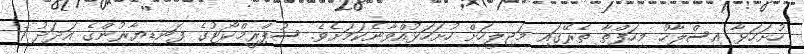
ހުށަހަޅާ އިސްލާހު މިހަފްތާ ތެރޭގައި މަޖިލީހަށް ހުށަހަޅުއްވާނެކަމަށެވެ. ސުޕްރީމްކޯޓުގެ ފަނޑިޔާރުންގެ އަދަދު 7